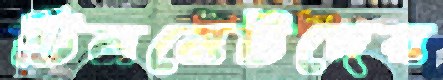
টিমমেটদের